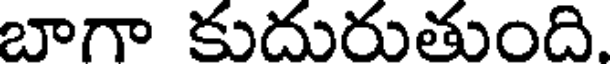
బాగా కుదురుతుంది.